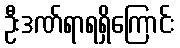
ဦးဒဏ်ရာရရှိကြောင်း